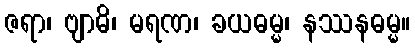
ဇရာ၊ ဗျာဓိ၊ မရဏ၊ ခယဓမ္မ၊ နဿနဓမ္မ။